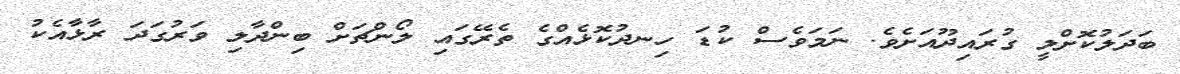
ބަދަލުކޮށްލީ ގުރައިދޫއަށެވެ. ނަމަވެސް ކުޑަ ހިނދުކޮޅެއްގެ ތެރޭގައި ލޯންޗަށް ބިންދާލި ވަރުގަދަ ރާޅާއެކު